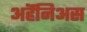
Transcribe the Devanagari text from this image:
अर्हॆनिअस